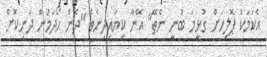
އެކަމަކު ޕޮލިހަށް ގުޅީމަ ބުނީ ނެތޭ" އޭނާ ކިޔައިދިނެވެ "ދެން ހޯދަމުން ދަނިކޮށް